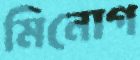
মিনোগ